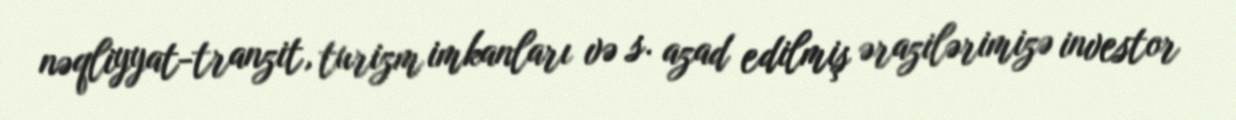
nəqliyyat-tranzit, turizm imkanları və s. azad edilmiş ərazilərimizə investor